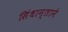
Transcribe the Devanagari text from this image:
सिंधान्ताने